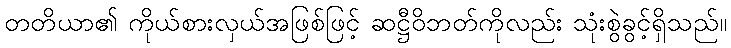
တတိယာ၏ ကိုယ်စားလှယ်အဖြစ်ဖြင့် ဆဋ္ဌီဝိဘတ်ကိုလည်း သုံးစွဲခွင့်ရှိသည်။